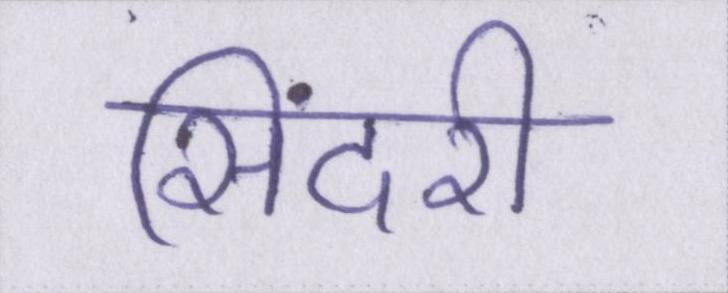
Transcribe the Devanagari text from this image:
सिंदरी